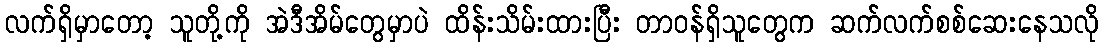
လက်ရှိမှာတော့ သူတို့ကို အဲဒီအိမ်တွေမှာပဲ ထိန်းသိမ်းထားပြီး တာဝန်ရှိသူတွေက ဆက်လက်စစ်ဆေးနေသလို